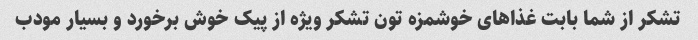
تشکر از شما بابت غذاهای خوشمزه تون تشکر ویژه از پیک خوش برخورد و بسیار مودب